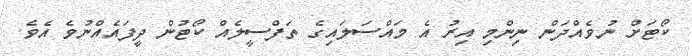
ކޯޓަށް ނުވެއްދަން ނިންމި އިރު އެ މައްސަލައިގެ ތަފްސީލެއް ކޯޓުން ދީފައެއްނުވެ އެވެ.